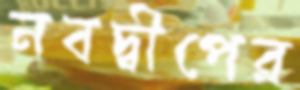
নবদ্বীপের